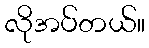
လိုအပ်တယ်။